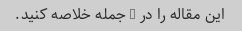
این مقاله را در 3 جمله خلاصه کنید.